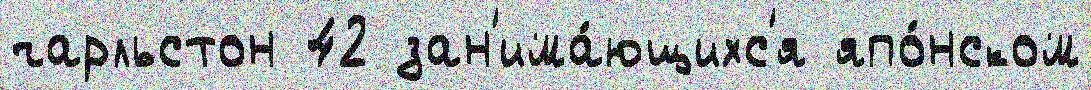
чарльстон 42 зан'има́ющихс'я япо́нском